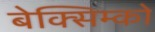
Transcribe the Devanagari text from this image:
बेक्सिम्को